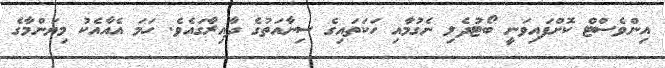
އިންވެސްޓް ކޮށްފައިވަނީ ބޯޓުދެލި ނެގުމާއި ހަކަތައިގެ ސިނާއަތުގެ ދާއިރާގައެވެ. ހަމަ އެއާއެކު މިޔަންމާގެ